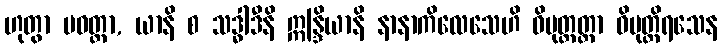
ဟုတွာ ပဝတ္တာ, ယာနိ စ သဒ္ဓါဒီနိ ဣန္ဒြိယာနိ နာနာကိလေသေဟိ ဝိမုတ္တတ္တာ ဝိမုတ္တိရသေန